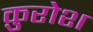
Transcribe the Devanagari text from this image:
क़ुरोश